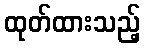
ထုတ်ထားသည့်